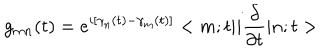
LaTeX: g _ { m n } ( t ) = e ^ { i [ \gamma _ { n } ( t ) - \gamma _ { m } ( t ) ] } < m ; t | i \frac { \partial } { \partial t } | n ; t >